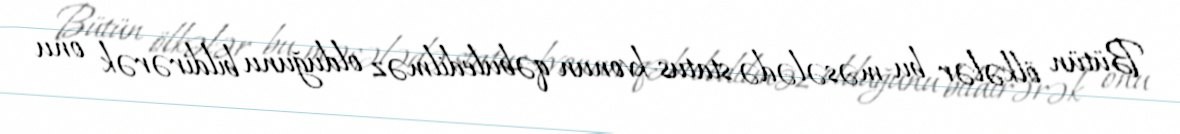
Bütün ölkələr bu məsələdə status-kvonun qəbuledilməz olduğunu bildirərək onu